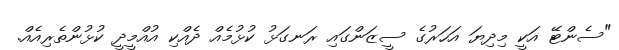
"ސެންޓޭ އަކީ މިދިޔަ އަހަރުގެ ސީޒަންގައި ރަނގަޅު ކުޅުމެއް ދެއްކި އުއްމީދީ ކުޅުންތެރިއެއް.